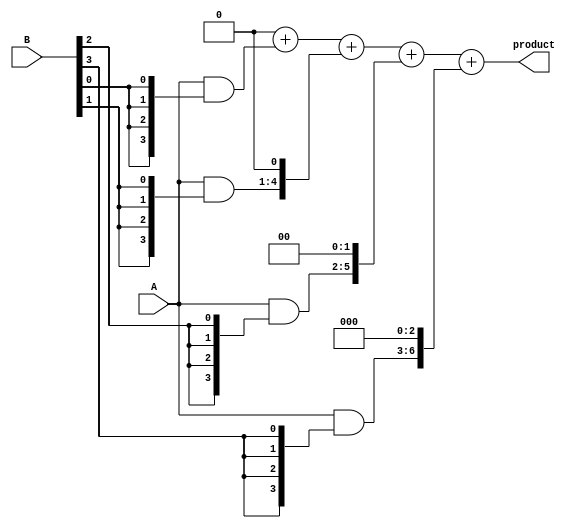
module array_multiplier #(parameter A_WIDTH = 4, B_WIDTH = 4)(
    input [A_WIDTH-1:0] A,     // Multiplicand
    input [B_WIDTH-1:0] B,     // Multiplier
    output [A_WIDTH + B_WIDTH - 1:0] product // Product
);

    // Declare partial products
    wire [A_WIDTH-1:0] pp[B_WIDTH-1:0]; // Partial products array

    // Generate partial products
    genvar i;
    generate
        for (i = 0; i < B_WIDTH; i = i + 1) begin : pp_gen
            assign pp[i] = A & {A_WIDTH{B[i]}}; // AND A with each bit of B
        end
    endgenerate

    // Shift partial products
    wire [A_WIDTH + B_WIDTH - 1:0] shifted_pp[B_WIDTH-1:0];
    generate
        for (i = 0; i < B_WIDTH; i = i + 1) begin : shift_pp
            assign shifted_pp[i] = pp[i] << i; // Shift left by i positions
        end
    endgenerate

    // Initialize the product to zero
    reg [A_WIDTH + B_WIDTH - 1:0] sum;
    integer j;

    // Add partial products
    always @(*) begin
        sum = 0; // Reset sum
        for (j = 0; j < B_WIDTH; j = j + 1) begin
            sum = sum + shifted_pp[j]; // Sum the shifted partial products
        end
    end

    assign product = sum; // Assign the final product

endmodule